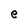
Character: e